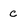
Character: c